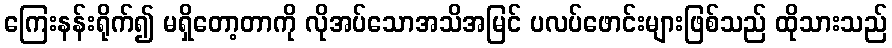
ကြေးနန်းရိုက်၍ မရှိတော့တာကို လိုအပ်သောအသိအမြင် ပလပ်ဖောင်းများဖြစ်သည် ထိုသားသည်